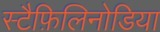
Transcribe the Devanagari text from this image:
स्टैफ़िलिनोडिया